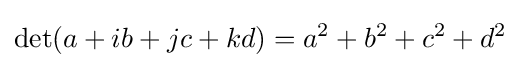
\det(a+ib+jc+kd)=a^{2}+b^{2}+c^{2}+d^{2}